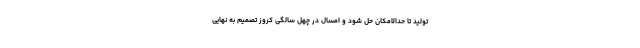
تولید تا حدالامکان حل شود و امسال در چهل سالگی کروز تصمیم به نهایی